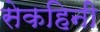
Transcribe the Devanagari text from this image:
सेकहिनी